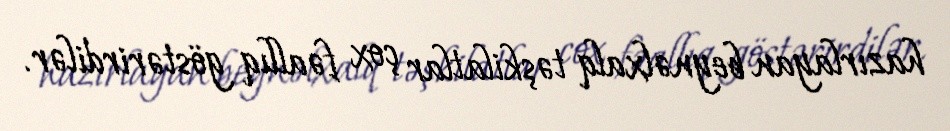
hazırlayan beynəlxalq təşkilatlar çox fəallıq göstərirdilər.